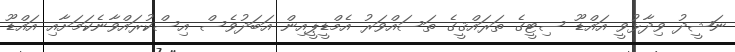
ނަޝީދު ވިދާޅުވީ އައްޑޫ ސިޓީގެ ތަރައްޤީގެ ތަސައްވަރު އެމްޑީޕީއިން އަބަދުވެސް އިސްކުރައްވާނެކަމަށާއި އައްޑޫ